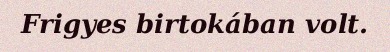
Frigyes birtokában volt.